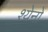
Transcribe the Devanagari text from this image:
श्येनों